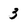
Character: 3